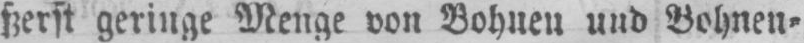
ßerst geringe Menge von Bohnen und Bohnen⸗